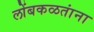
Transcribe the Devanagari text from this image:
लोंबकळतांना